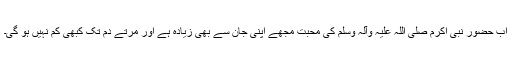
اب حضور نبی اکرم صلی اللہ علیہ وآلہ وسلم کی محبت مجھے اپنی جان سے بھی زیادہ ہے اور مرتے دم تک کبھی کم نہیں ہو گی۔